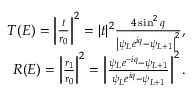
\begin{array} { r l r } & { } & { { T } ( E ) = \left\vert \frac { t } { r _ { 0 } } \right\vert ^ { 2 } = \vert t \vert ^ { 2 } \frac { 4 \sin ^ { 2 } q } { \left\vert \psi _ { L } e ^ { i q } - \psi _ { L + 1 } \right\vert ^ { 2 } } , } \\ & { } & { { R } ( E ) = \left\vert \frac { r _ { 1 } } { r _ { 0 } } \right\vert ^ { 2 } = \left\vert \frac { \psi _ { L } e ^ { - i q } - \psi _ { L + 1 } } { \psi _ { L } e ^ { i q } - \psi _ { L + 1 } } \right\vert ^ { 2 } . } \end{array}